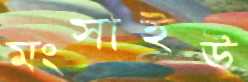
মংসাইউ